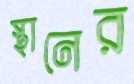
স্থানের